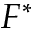
F ^ { \ast }